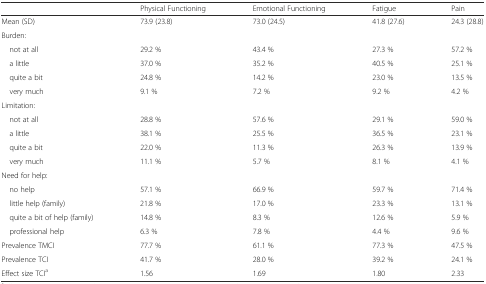
|  | Physical Functioning | Emotional Functioning | Fatigue | Pain |
 | --- | --- | --- | --- | --- |
 | Mean (SD) | 73.9 (23.8) | 73.0 (24.5) | 41.8 (27.6) | 24.3 (28.8) |
 | <COLSPAN=5> Burden: |
 | not at all | 29.2 % | 43.4 % | 27.3 % | 57.2 % |
 | a little | 37.0 % | 35.2 % | 40.5 % | 25.1 % |
 | quite a bit | 24.8 % | 14.2 % | 23.0 % | 13.5 % |
 | very much | 9.1 % | 7.2 % | 9.2 % | 4.2 % |
 | <COLSPAN=5> Limitation: |
 | not at all | 28.8 % | 57.6 % | 29.1 % | 59.0 % |
 | a little | 38.1 % | 25.5 % | 36.5 % | 23.1 % |
 | quite a bit | 22.0 % | 11.3 % | 26.3 % | 13.9 % |
 | very much | 11.1 % | 5.7 % | 8.1 % | 4.1 % |
 | <COLSPAN=5> Need for help: |
 | no help | 57.1 % | 66.9 % | 59.7 % | 71.4 % |
 | little help (family) | 21.8 % | 17.0 % | 23.3 % | 13.1 % |
 | quite a bit of help (family) | 14.8 % | 8.3 % | 12.6 % | 5.9 % |
 | professional help | 6.3 % | 7.8 % | 4.4 % | 9.6 % |
 | Prevalence TMCI | 77.7 % | 61.1 % | 77.3 % | 47.5 % |
 | Prevalence TCI | 41.7 % | 28.0 % | 39.2 % | 24.1 % |
 | Effect size TCIa | 1.56 | 1.69 | 1.80 | 2.33 |